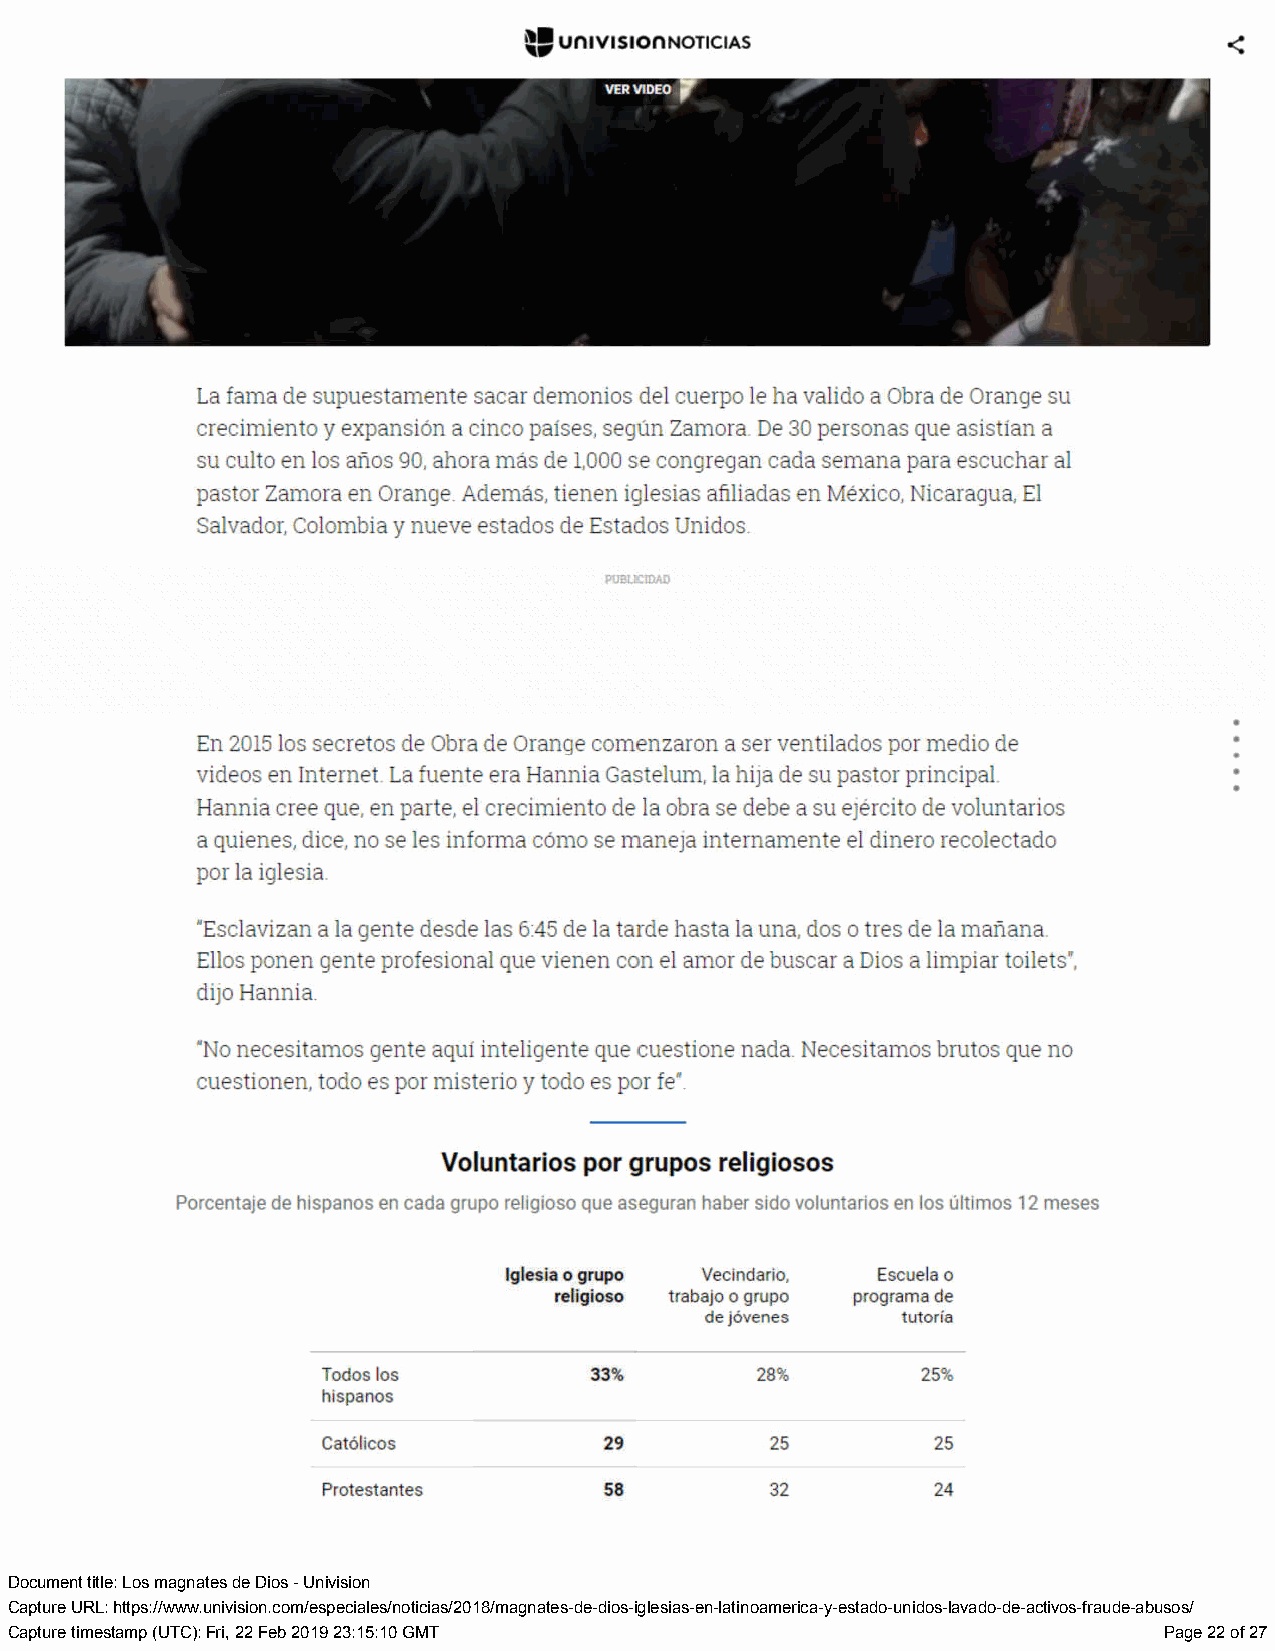
Document title: Los magnates de Dios - Univision
 Capture URL: https://www.univision.com/especiales/noticias/2018/magnates-de-dios-iglesias-en-latinoamerica-y-estado-unidos-lavado-de-activos-fraude-abusos/
 Capture timestamp (UTC): Fri, 22 Feb 2019 23:15:10 GMT                       Page 22 of 27